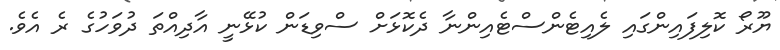
ޔޫރޯ ކޮލިފައިންގައި ލެއިޓެންސްޓެއިންނާ ދެކޮޅަށް ސްވިޑަން ކުޅޭނީ އާދިއްތަ ދުވަހުގެ ރެ އެވެ.